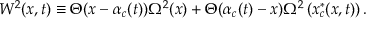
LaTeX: W ^ { 2 } ( x , t ) \equiv \Theta ( x - \alpha _ { c } ( t ) ) \Omega ^ { 2 } ( x ) + \Theta ( \alpha _ { c } ( t ) - x ) \Omega ^ { 2 } \left( x _ { c } ^ { * } ( x , t ) \right) .